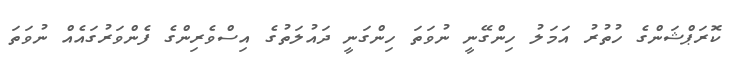
ކޮރަޕްޝަންގެ ހުތުރު އަމަލު ހިންގޭނީ ނުވަތަ ހިންގަނީ ދައުލަތުގެ އިސްވެރިންގެ ފެންވަރުގައެއް ނުވަތަ